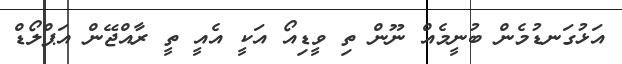
އަޅުގަނޑުމެން ބުނީމެއް ނޫން ތި ވީޑިއޯ އަކީ އެއީ ތީ ރާއްޖޭން އަޕްލޯޑް